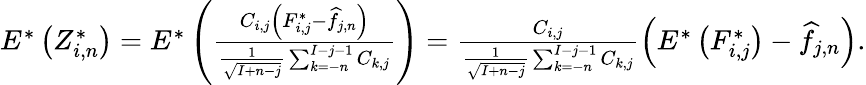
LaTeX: \begin{array}{r}{E^{*}\left(Z_{i,n}^{*}\right)=E^{*}\left(\frac{C_{i,j}\left(F_{i,j}^{*}-\widehat f_{j,n}\right)}{\frac{1}{\sqrt{I+n-j}}\sum_{k=-n}^{I-j-1}C_{k,j}}\right)=\frac{C_{i,j}}{{\frac{1}{\sqrt{I+n-j}}\sum_{k=-n}^{I-j-1}C_{k,j}}}\left(E^{*}\left(F_{i,j}^{*}\right)-\widehat f_{j,n}\right).}\end{array}